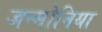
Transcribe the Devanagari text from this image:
जन्मोनिया